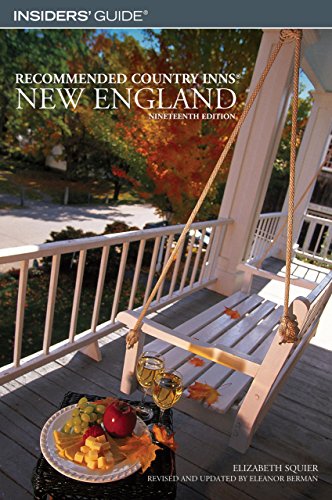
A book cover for Recommended Country Inns New England, 19th (Recommended Country Inns Series); Elizabeth Squier; Travel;